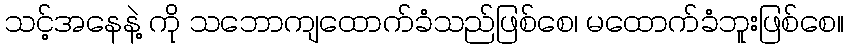
သင့်အနေနဲ့ ကို သဘောကျထောက်ခံသည်ဖြစ်စေ၊ မထောက်ခံဘူးဖြစ်စေ။